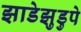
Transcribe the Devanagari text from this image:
झाडेझुडुपे